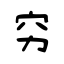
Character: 穷